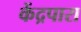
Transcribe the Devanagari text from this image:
केंद्रपारा